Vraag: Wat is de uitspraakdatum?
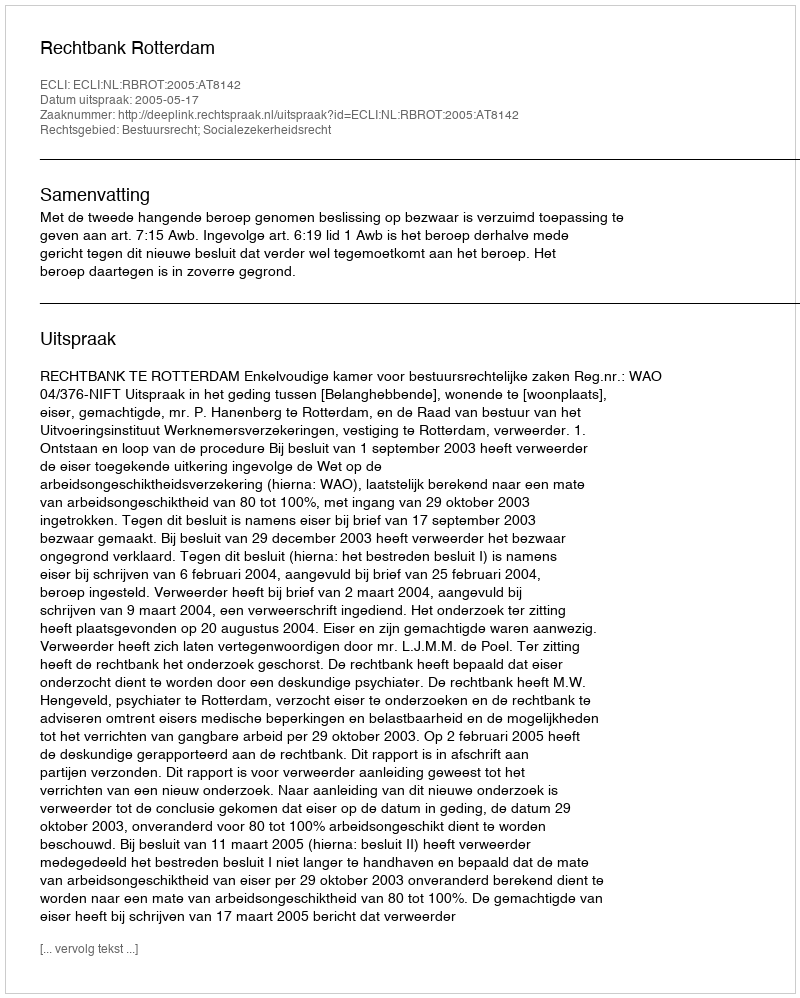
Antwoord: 2005-05-17